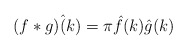
\begin{align*} ( f*g) \hat (k ) = \pi \hat f(k) \hat g(k) \end{align*}